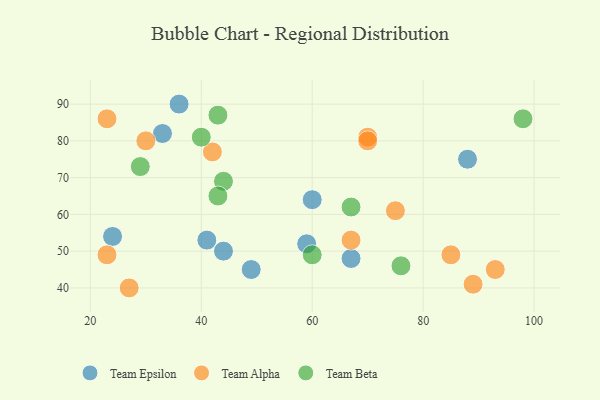
{"axis": {"x": "GDP", "y": "Life Expectancy"}, "legend": ["Team Alpha", "Team Beta", "Team Epsilon"], "data": [{"x": "59", "y": 52, "type": "Team Epsilon"}, {"x": "36", "y": 90, "type": "Team Epsilon"}, {"x": "67", "y": 48, "type": "Team Epsilon"}, {"x": "88", "y": 75, "type": "Team Epsilon"}, {"x": "60", "y": 64, "type": "Team Epsilon"}, {"x": "24", "y": 54, "type": "Team Epsilon"}, {"x": "49", "y": 45, "type": "Team Epsilon"}, {"x": "44", "y": 50, "type": "Team Epsilon"}, {"x": "41", "y": 53, "type": "Team Epsilon"}, {"x": "33", "y": 82, "type": "Team Epsilon"}, {"x": "42", "y": 77, "type": "Team Alpha"}, {"x": "89", "y": 41, "type": "Team Alpha"}, {"x": "75", "y": 61, "type": "Team Alpha"}, {"x": "67", "y": 53, "type": "Team Alpha"}, {"x": "85", "y": 49, "type": "Team Alpha"}, {"x": "23", "y": 86, "type": "Team Alpha"}, {"x": "70", "y": 81, "type": "Team Alpha"}, {"x": "30", "y": 80, "type": "Team Alpha"}, {"x": "27", "y": 40, "type": "Team Alpha"}, {"x": "23", "y": 49, "type": "Team Alpha"}, {"x": "70", "y": 80, "type": "Team Alpha"}, {"x": "93", "y": 45, "type": "Team Alpha"}, {"x": "44", "y": 69, "type": "Team Beta"}, {"x": "43", "y": 87, "type": "Team Beta"}, {"x": "43", "y": 65, "type": "Team Beta"}, {"x": "98", "y": 86, "type": "Team Beta"}, {"x": "76", "y": 46, "type": "Team Beta"}, {"x": "67", "y": 62, "type": "Team Beta"}, {"x": "60", "y": 49, "type": "Team Beta"}, {"x": "29", "y": 73, "type": "Team Beta"}, {"x": "40", "y": 81, "type": "Team Beta"}]}